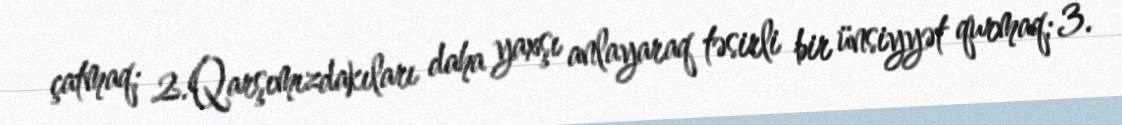
çatmaq; 2.Qarşımızdakıları daha yaxşı anlayaraq təsirli bir ünsiyyət qurmaq; 3.